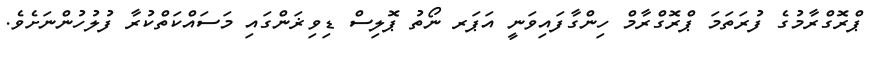
ޕްރޮގްރާމުގެ ފުރަތަމަ ޕްރޮގްރާމް ހިންގާފައިވަނީ އަޕަރ ނޯތު ޕޮލިސް ޑިވިޜަންގައި މަސައްކަތްކުރާ ފުލުހުންނަށެވެ.